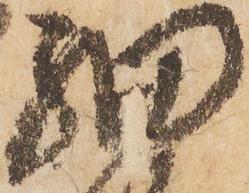
細